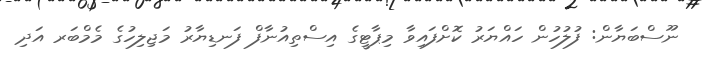
ނޫސްބަޔާން: ފުލުހުން ހައްޔަރު ކޮށްފައިވާ މިޕާޓީގެ އިސްތިއުނާފް ފަނޑިޔާރު މަޖިލިހުގެ މެމްބަރ އަދި